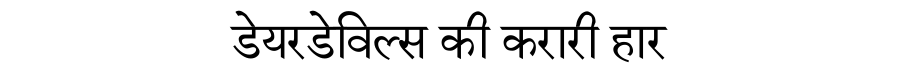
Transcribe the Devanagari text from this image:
डेयरडेविल्स की करारी हार